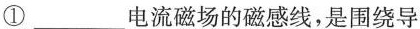
①___电流磁场的磁感线，是围绕导